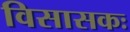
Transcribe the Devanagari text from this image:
विसासकः